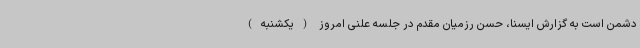
دشمن است به گزارش ایسنا، حسن رزمیان مقدم در جلسه علنی امروز (یکشنبه)